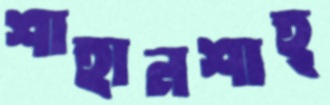
শাহানশাহ্